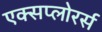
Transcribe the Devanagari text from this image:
एक्सप्लोरर्स